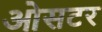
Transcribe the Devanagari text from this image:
ओसटर